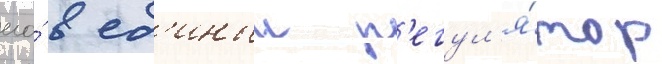
его́ в ед'иныи р'егул'я́тор